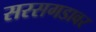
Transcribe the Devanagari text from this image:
सरसगडावर